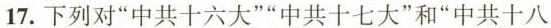
17. 下列对”中共十六大””中共十七大”和”中共十八